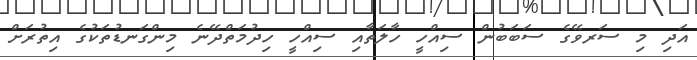
އަދި މި ސަރވޭގެ ސަބަބުން ސިއްހީ ހާލަތާއި ސިއްހީ ހިދުމަތްދޭނެ މިންގަނޑުތަކުގެ އިތުރަށް